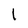
Character: l